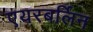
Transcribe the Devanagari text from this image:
एयरबर्लिन